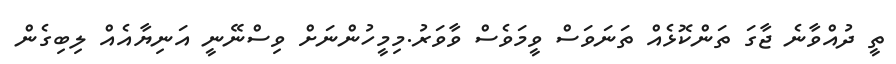
ތީ ދުއްވާނެ ޖާގަ ތަންކޮޅެއް ތަނަވަސް ވީމަވެސް ވާވަރު.މިމީހުންނަށް ވިސްނޭނީ އަނިޔާއެއް ލިބިގެން